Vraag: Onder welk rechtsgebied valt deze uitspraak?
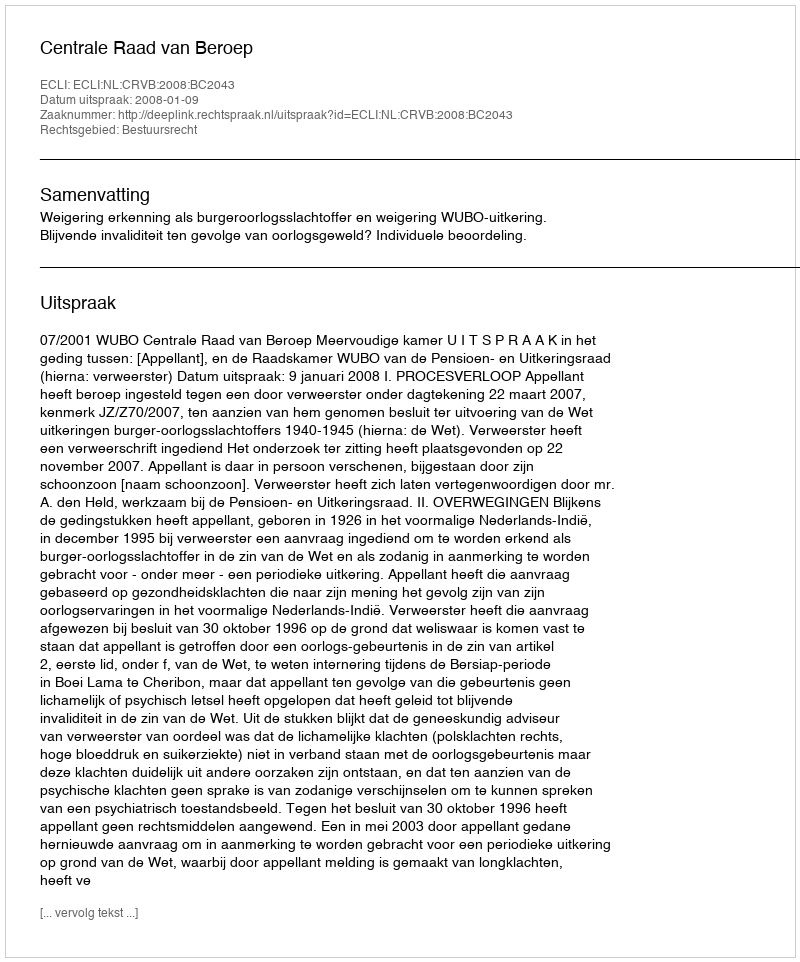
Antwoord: Bestuursrecht